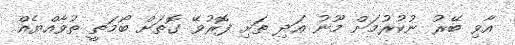
އާވި ބޭރު ނުކުރުމަށް މޫނު އަދި ތަށި ފޮރުވޭ ގޮތަށް ބޯމަތީ ތުވާއްޔެއް